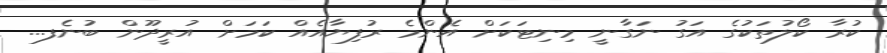
ކުރާ ކޯލުތަކުގެ އަގު ނަގާނީ މިނިޓަކަށް އެންމެ ރުފިޔާއެއް ކަމަށް އުރީދޫން ބުނެފ...